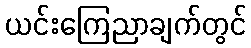
ယင်းကြေညာချက်တွင်